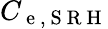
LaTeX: C_{\mathrm{~e~,~S~R~H~}}